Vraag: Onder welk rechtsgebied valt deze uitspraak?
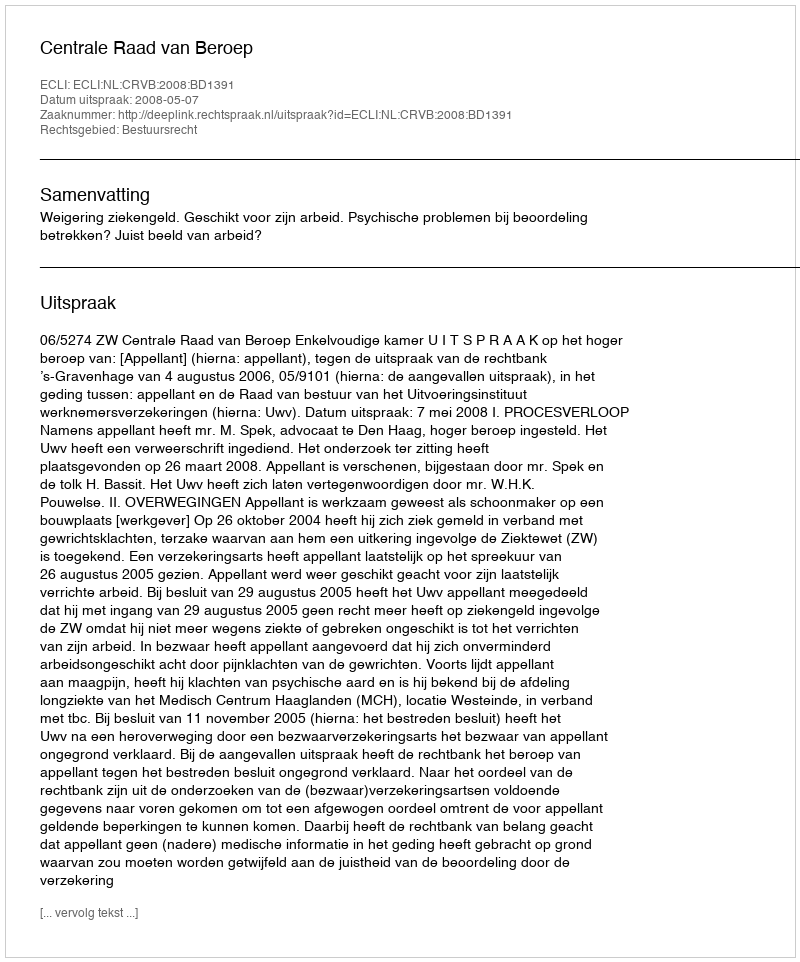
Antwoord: Bestuursrecht